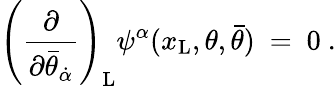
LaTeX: \left({\frac{\partial}{\partial\bar{\theta}_{\dot{\alpha}}}}\right)_{\mathrm{L}}\psi^{\alpha}(x_{\mathrm{L}},\theta,\bar{\theta})\ =\ 0\ .